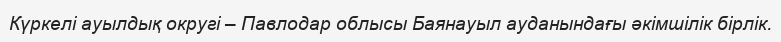
Күркелі ауылдық округі – Павлодар облысы Баянауыл ауданындағы әкімшілік бірлік.